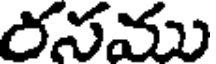
రసము